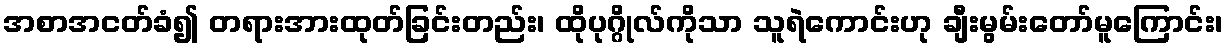
အစာအငတ်ခံ၍ တရားအားထုတ်ခြင်းတည်း၊ ထိုပုဂ္ဂိုလ်ကိုသာ သူရဲကောင်းဟု ချီးမွမ်းတော်မူကြောင်း၊